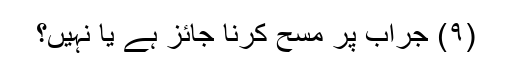
(۹) جراب پر مسح کرنا جائز ہے یا نہیں؟